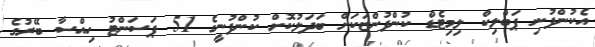
އެކުންފުނި ޕަބްލިކް ލިމިޓެޑް ކުންފުންޏަކަށް ބަދަލުކޮށް ކުންފުނީގެ 51 ޕަސަންޓު ހިއްސާ ބޭރުގެ